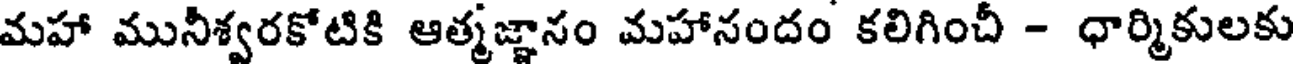
మహా మునీశ్వరకోటికి ఆత్మజ్ఞానం మహానందం కలిగించీ - ధార్మికులకు